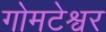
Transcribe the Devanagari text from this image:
गोमटेश्वर